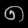
Digit: ၈